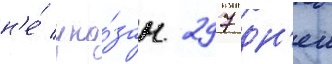
н'е́ ука́зан 297 дн'еи